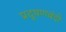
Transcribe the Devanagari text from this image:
प्रदूषणबंदी